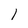
Character: 1